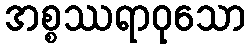
အစ္စဿရာဝုသော